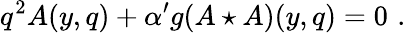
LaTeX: q^{2}A(y,q)+{\alpha^{\prime}}g(A\star A)(y,q)=0\, \, .